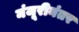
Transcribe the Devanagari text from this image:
मंजूरीनंतर